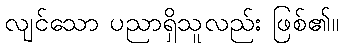
လျင်သော ပညာရှိသူလည်း ဖြစ်၏။